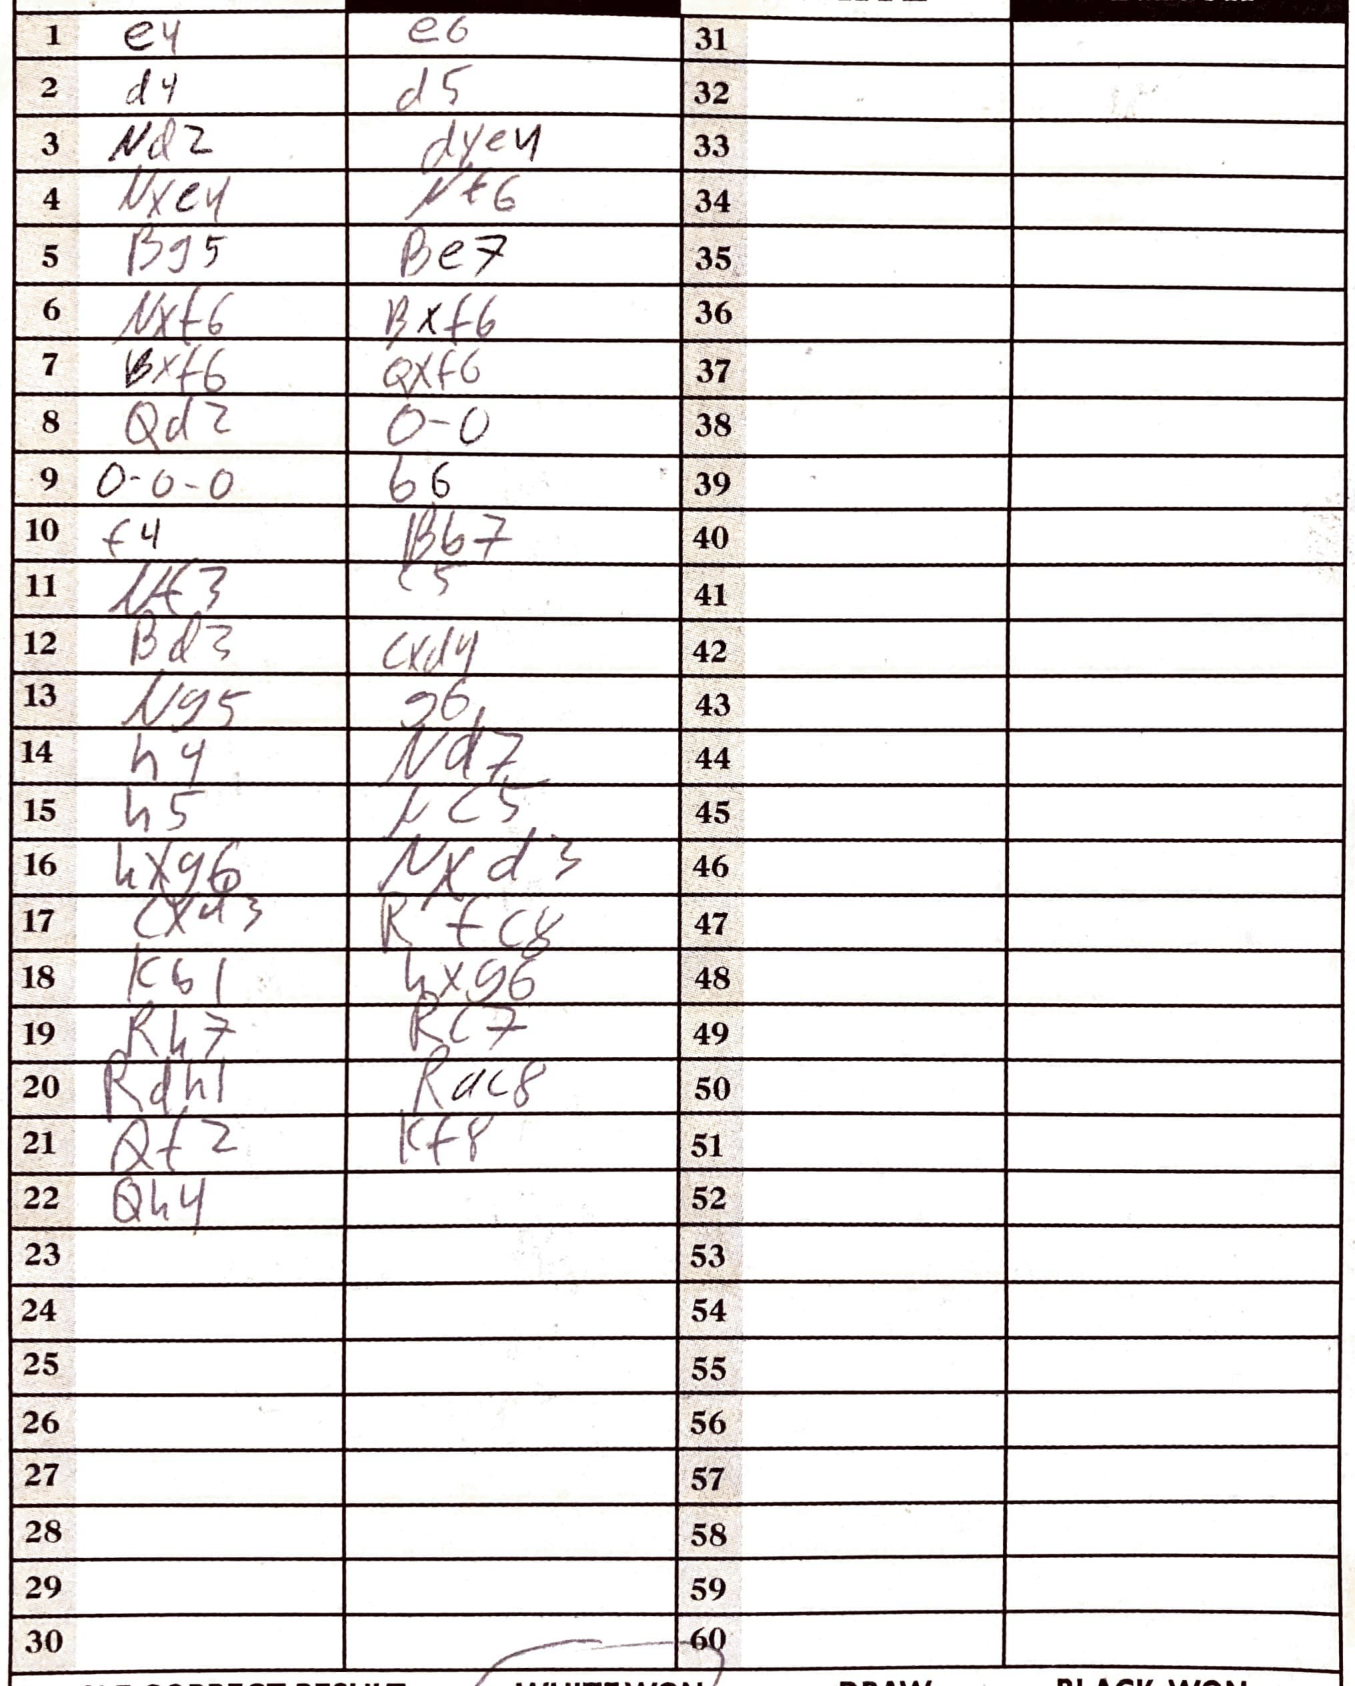
Moves: e4 e6 d4 d5 Nd2 dxe4 Nxe4 Nf6 Bg5 Be7 Nxf6 Bxf6 Bxf6 Qxf6 Qd2 O-O O-O-O b6 f4 Bb7 Nf3 c5 Bd3 cxd4 Ng5 g6 h4 Nd7 h5 Nc5 hxg6 Nxd3 cxd3 Rfc8 Kb1 hxg6 Rh7 Rc7 Rdh1 Rac8 Qf2 Kf8 Qh4